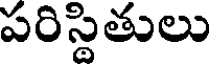
పరిస్థితులు